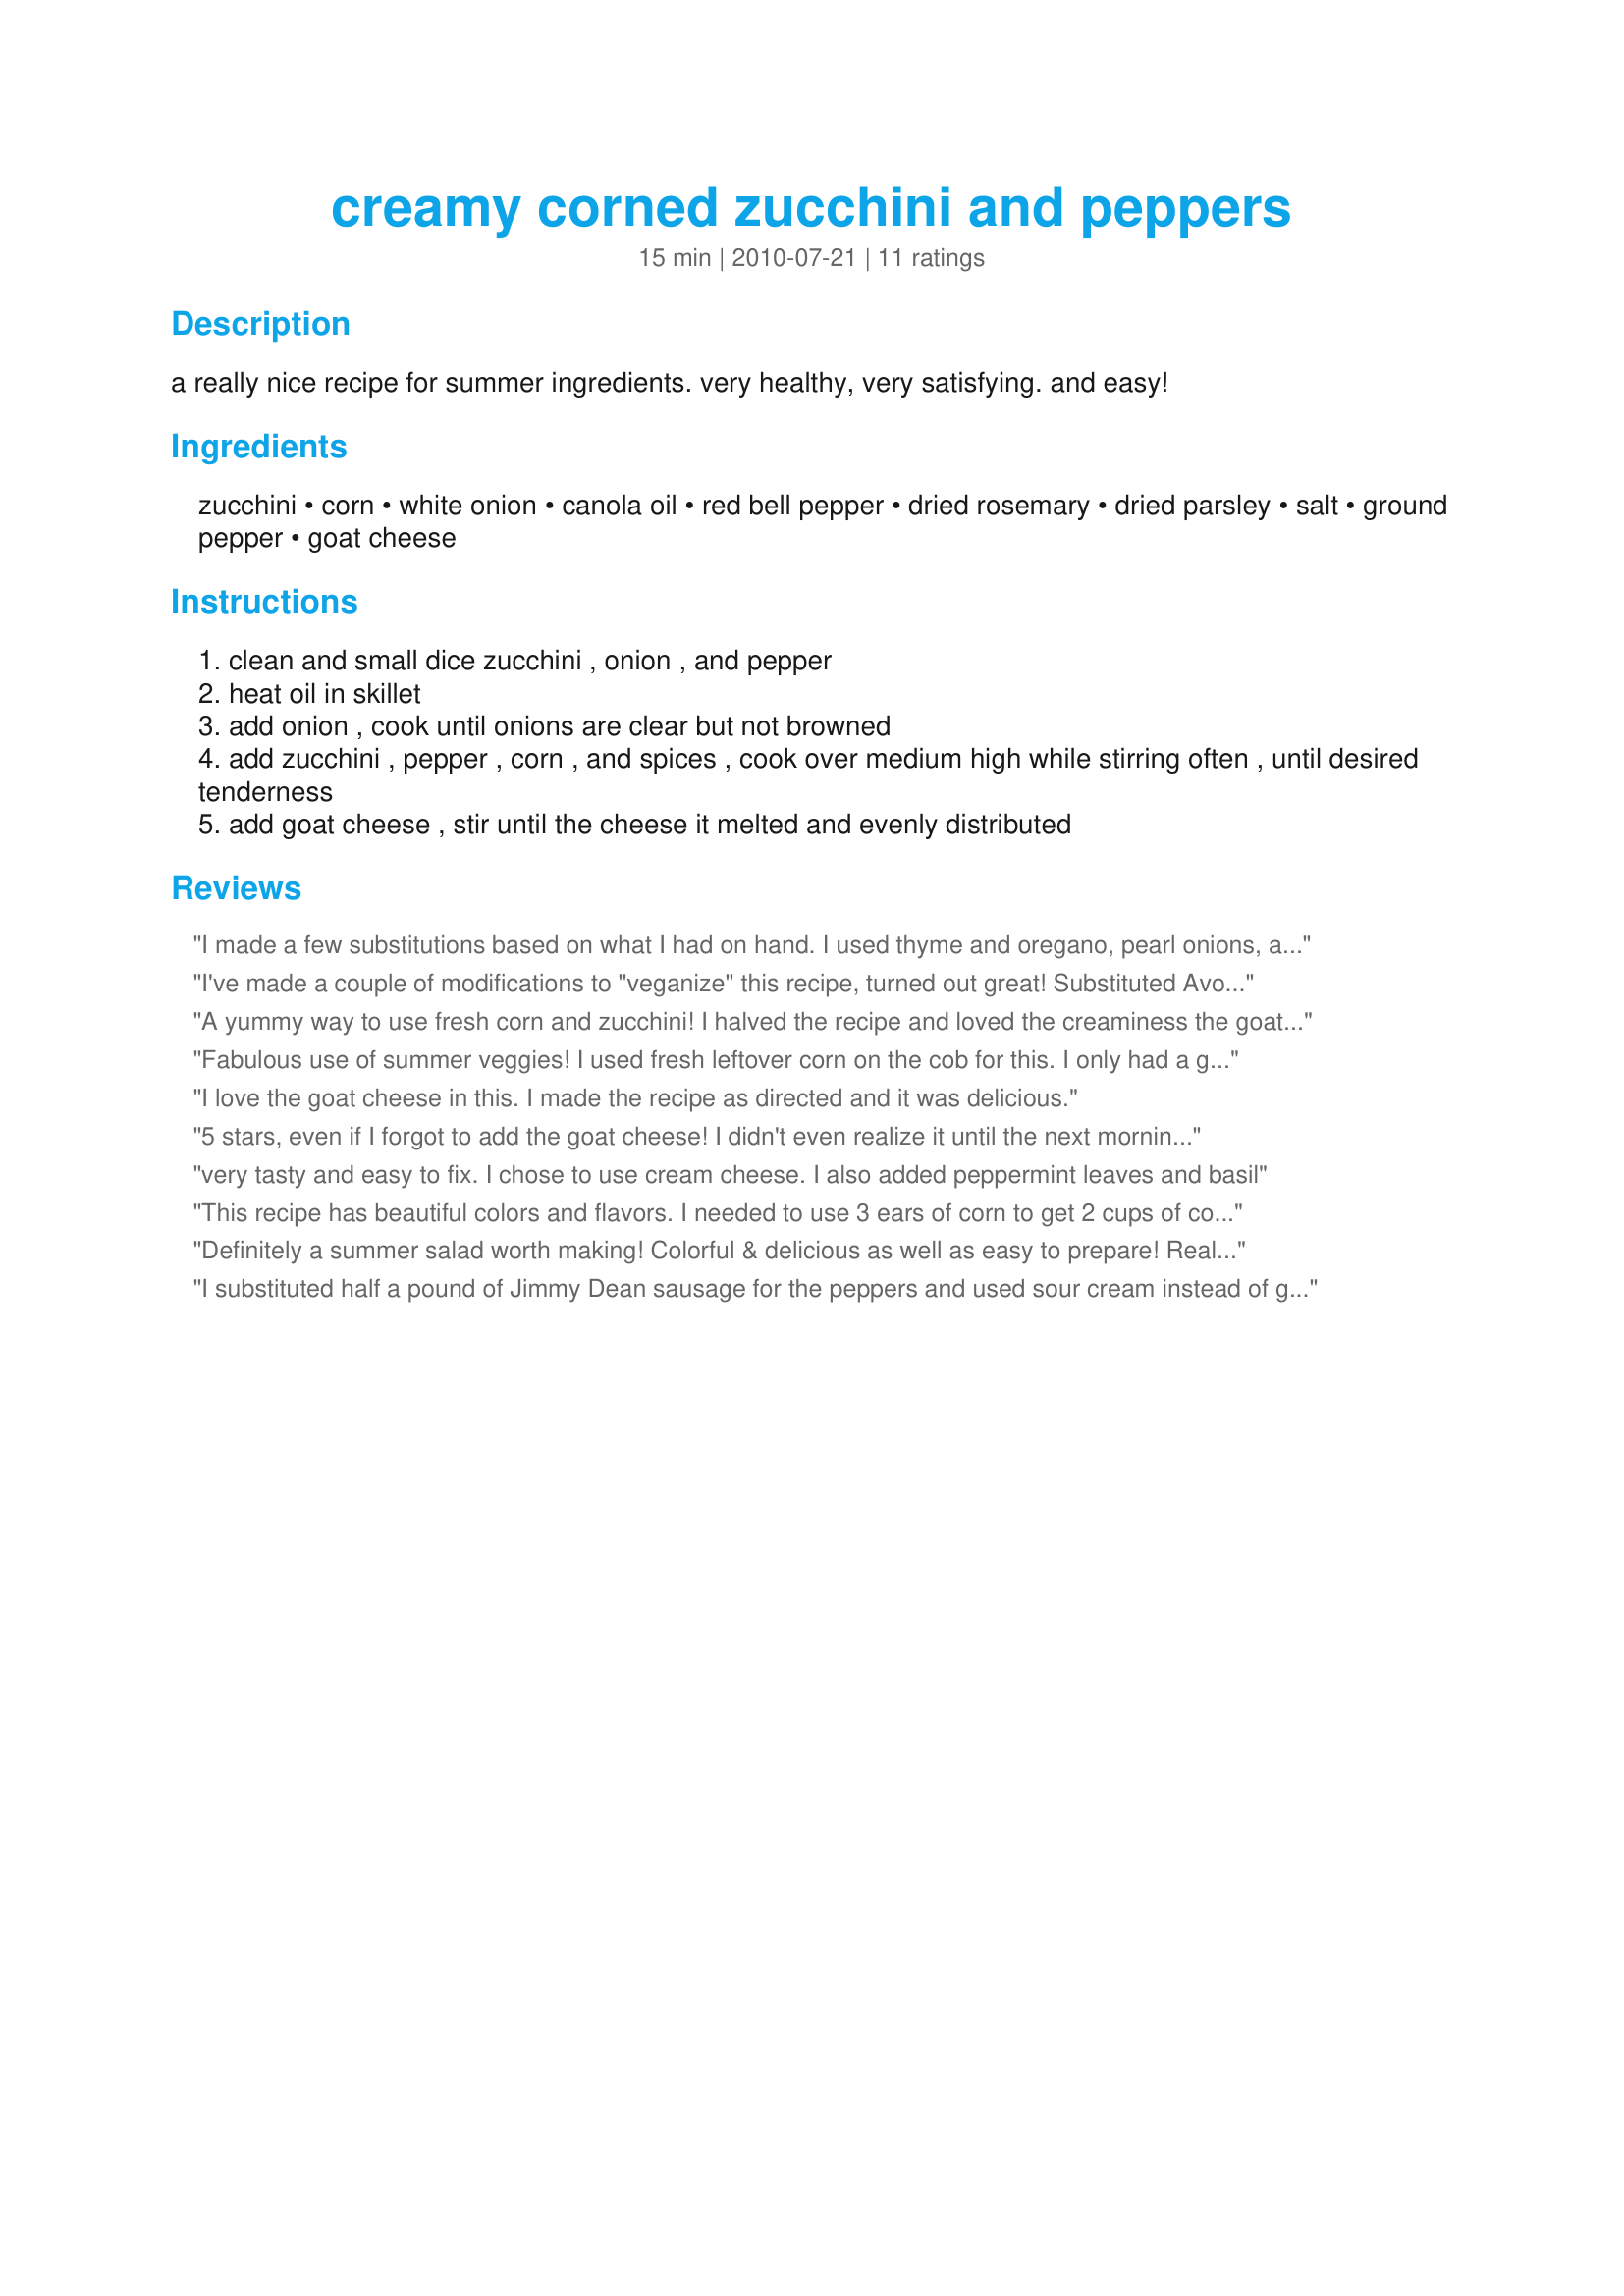
creamy corned zucchini and peppers
Preparation time: 15 minutes

a really nice recipe for summer ingredients. very healthy, very satisfying. and easy!

Ingredients:
zucchini, corn, white onion, canola oil, red bell pepper, dried rosemary, dried parsley, salt, ground pepper, goat cheese

Steps:
clean and small dice zucchini , onion , and pepper
heat oil in skillet
add onion , cook until onions are clear but not browned
add zucchini , pepper , corn , and spices , cook over medium high while stirring often , until desired tenderness
add goat cheese , stir until the cheese it melted and evenly distributed

Reviews:
I made a few substitutions based on what I had on hand. I used thyme and oregano, pearl onions, and frozen corn. I also added some frozen peas just because I love them. I used a local goat cheese that melted into the vegetables really nicely. Overall it turned out really well. It made a lot! I will be taking for lunch for a while, which is not a bad thing!
I've made a couple of modifications to "veganize" this recipe, turned out great! Substituted Avocado for the cheese and olive oil as a healthier alternative to the Canola. Also added a tiny splash of balsamic! Heaven! (another little tip, we grilled the veggies including the corn, adds great flavour!)
A yummy way to use fresh corn and zucchini! I halved the recipe and loved the creaminess the goat's cheese gave it. Thanks! Made for the PRMR game.
Fabulous use of summer veggies! I used fresh leftover corn on the cob for this. I only had a green bell pepper, so my finished product was not as colorful as if I used the red bell pepper. Still tasted great, though. I liked your idea of using jalepeno-infused oil, but since I had none, I added some red pepper flakes for that "kick." IMO, the goat cheese is a must.... the cream cheese would be just ok, but the goat cheese brings the flavor!!! Thanx for posting this!
I love the goat cheese in this. I made the recipe as directed and it was delicious.
5 stars, even if I forgot to add the goat cheese! I didn't even realize it until the next morning when I opened the refrigerator and saw the cheese staring at me. So, if you want to make an even lighter version of this and skip the cheese, go right ahead - it's delish!
very tasty and easy to fix. I chose to use cream cheese. I also added peppermint leaves and basil
This recipe has beautiful colors and flavors. I needed to use 3 ears of corn to get 2 cups of corn, but I'm sure it depends on the size of your ears of corn! I enjoyed the taste without the goat cheese....in fact, I think I might prefer it that way. This makes enough for at least 6 servings, so make sure you reduce the amounts accordingly! Over all, this is a very enjoyable recipe. I wish I had put some away before adding the goat cheese, and wish I had quartered the recipe, since I have so much leftover. But since it is very tasty, I'm sure I'll find ways to reuse it! Thanks for sharing! Made for PRMR tag.
Definitely a summer salad worth making! Colorful & delicious as well as easy to prepare! Really enjoyed it with the goat cheese & will be doing this one again, for sure! Thanks for sharing it! [Tagged & made in Please Review My Recipe]
I substituted half a pound of Jimmy Dean sausage for the peppers and used sour cream instead of goat cheese. It probably didn't resemble the original recipe very much, but it was still good!
Really tasty. I made a few modifications due to what I had on hand. Instead of rosemary I used a bit of marjoram and dill. I used green bell pepper and added one seeded and chopped jalepeno. I used feta instead of goat. I will try again with the goat cheese next time. Thanks for sharing.
